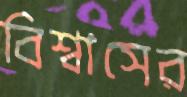
বিশ্বাসের